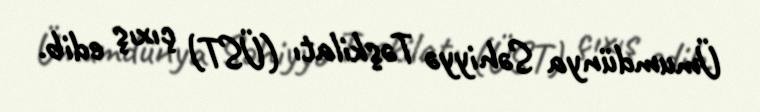
Ümumdünya Səhiyyə Təşkilatı (ÜST) çıxış edib.